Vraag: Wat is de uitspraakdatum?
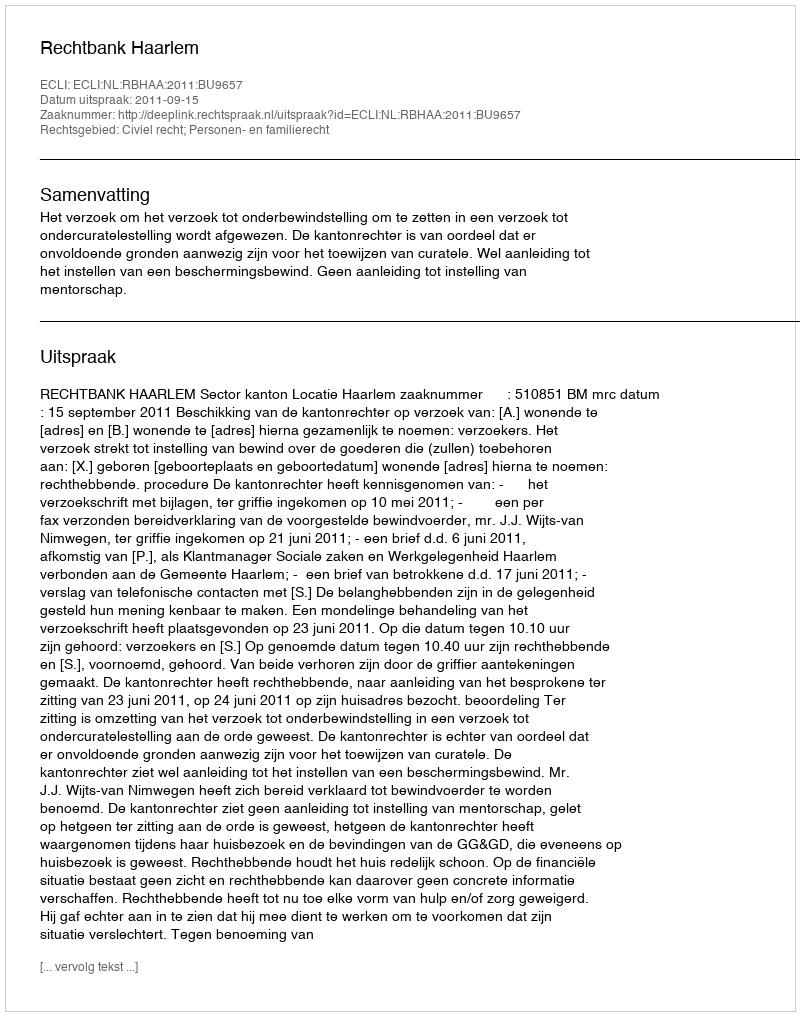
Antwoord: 2011-09-15